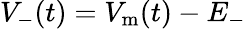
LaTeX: V_{-}(t)=V_{\mathrm{m}}(t)-E_{-}